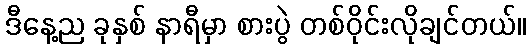
ဒီနေ့ည ခုနှစ် နာရီမှာ စားပွဲ တစ်ဝိုင်းလိုချင်တယ်။